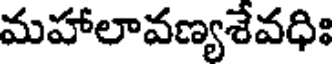
మహాలావణ్యశేవధిః